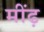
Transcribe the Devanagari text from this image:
मींढ़